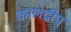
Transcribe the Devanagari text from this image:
कालद्वीप